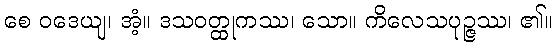
စေ ဝဒေယျ၊ အံ့။ ဒသဝတ္ထုကဿ၊ သော။ ကိလေသပုဉ္ဇဿ၊ ၏။